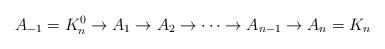
LaTeX: \begin{align*} A_{-1}=K^0_n \to A_1 \to A_2 \to \cdots \to A_{n-1} \to A_n=K_n \end{align*}